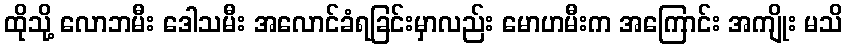
ထိုသို့ လောဘမီး ဒေါသမီး အလောင်ခံရခြင်းမှာလည်း မောဟမီးက အကြောင်း အကျိုး မသိ